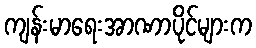
ကျန်းမာရေးအာဏာပိုင်များက